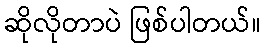
ဆိုလိုတာပဲ ဖြစ်ပါတယ်။